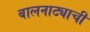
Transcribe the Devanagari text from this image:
बालनाट्याची